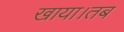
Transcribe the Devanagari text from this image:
खाया।तब